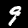
Label: 9